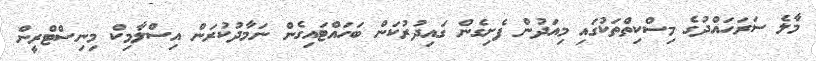
މާލެ ސަރަހައްދުގެ މިސްކިތްތަކުގައި މިއަދުން ފެށިގެން ގައިދުރުކަން ބަހައްޓައިގެން ނަމާދުކުރަން އިސްލާމިކް މިނިސްޓްރީން